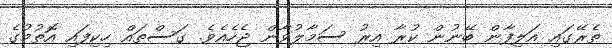
ތެރޭގައި އަލިފާން ބޭނުން ކުރާ އިރު ސަމާލުވާން ޖެހެއެވެ. ގަސްތައް ހިކިފައި އޮތުމުގެ